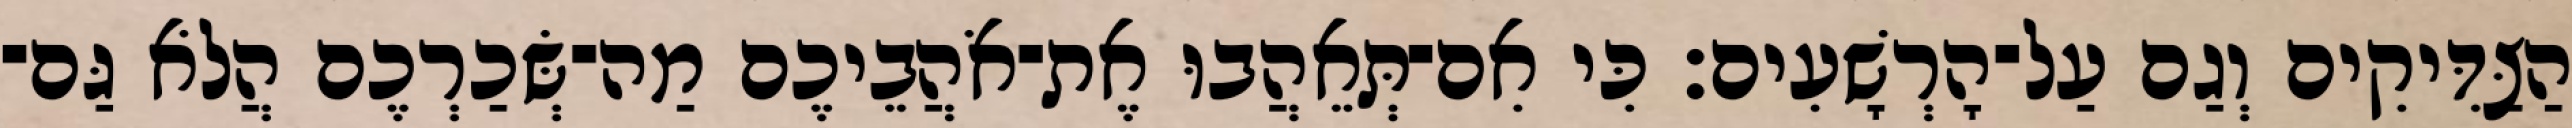
הַצַּדִּיקִים וְגַם עַל־הָרְשָׁעִים׃ כִּי אִם־תְּאֵהֲבוּ אֶת־אֹהֲבֵיכֶם מַה־שְּׂכַרְכֶם הֲלֹא גַּם־